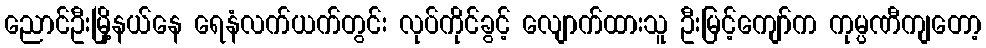
ညောင်ဦးမြို့နယ်နေ ရေနံလက်ယက်တွင်း လုပ်ကိုင်ခွင့် လျောက်ထားသူ ဦးမြင့်ကျော်က ကုမ္ပဏီကျတော့